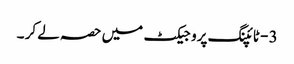
3 - ٹائپنگ پروجیکٹ میں حصہ لے کر ۔